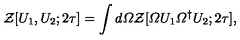
{ \cal Z } [ U _ { 1 } , U _ { 2 } ; 2 \tau ] = \int d { \mit \Omega } { \cal Z } [ { \mit \Omega } U _ { 1 } { \mit \Omega } ^ { \dagger } U _ { 2 } ; 2 \tau ] ,